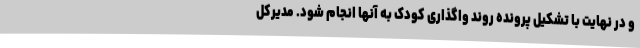
و در نهایت با تشکیل پرونده روند واگذاری کودک به آنها انجام شود. مدیرکل